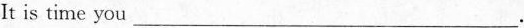
It is time you\underline.